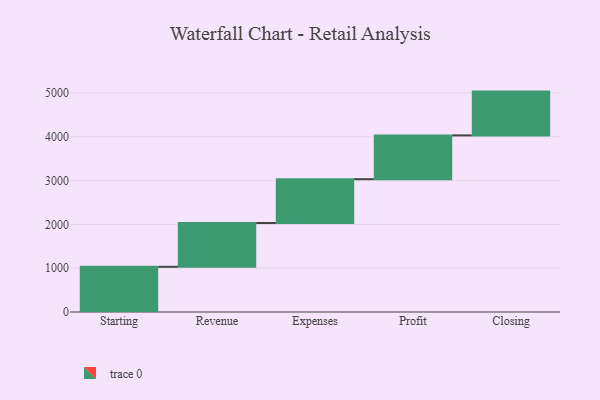
{"axis": {"x": "Step", "y": "Value"}, "legend": [""], "data": [{"x": "Starting", "y": 1032.0, "type": ""}, {"x": "Revenue", "y": 1000, "type": ""}, {"x": "Expenses", "y": 1000, "type": ""}, {"x": "Profit", "y": 1000, "type": ""}, {"x": "Closing", "y": 1000, "type": ""}]}